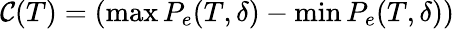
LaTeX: \mathcal{C}(T)=(\operatorname*{max}P_{e}(T,\delta)-\operatorname*{min}P_{e}(T,\delta))